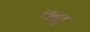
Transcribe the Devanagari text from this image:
चढा़